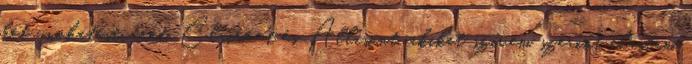
két unokatestvérét, Claire-t és Allisont, akiket szívem szerint elástam